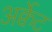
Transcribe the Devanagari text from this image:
अर्क्वेट